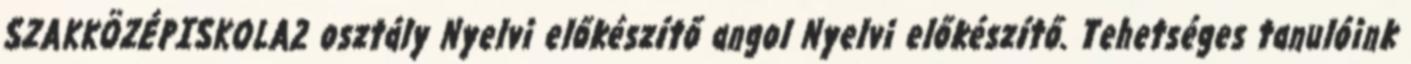
SZAKKÖZÉPISKOLA2 osztály Nyelvi előkészítő angol Nyelvi előkészítő. Tehetséges tanulóink